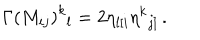
LaTeX: \Gamma \left( M _ { i j } \right) ^ { k } { } _ { l } = 2 \eta _ { l [ i } \eta ^ { k } { } _ { j ] } \, .